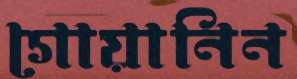
গোয়ানিন